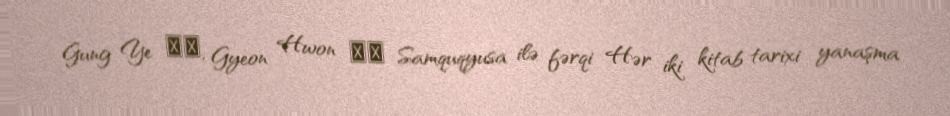
Gung Ye 궁예, Gyeon Hwon 견훤 Samquqyusa ilə fərqi Hər iki kitab tarixi yanaşma